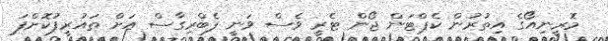
މޮރީނިއޯގެ އިތުރުން ކެޕްޓަން ޖޯން ޓެރީ ވެސް ވަނީ ފެބްރިގާސް އަށް ތައުރީފުކޮށްފަ